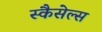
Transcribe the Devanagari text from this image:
स्कैसेल्स